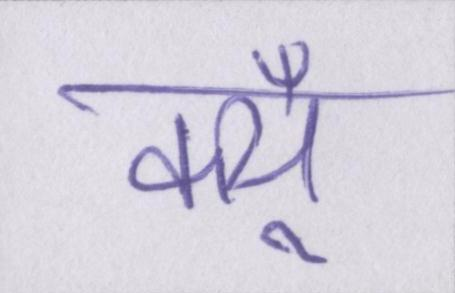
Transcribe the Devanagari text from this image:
क्यूँ